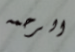
الرحمه